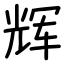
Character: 辉